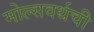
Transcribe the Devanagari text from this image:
मोल्सवर्थची